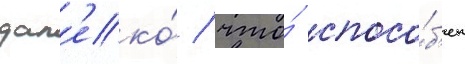
дал'еко́ / что́ спосо́б'ен